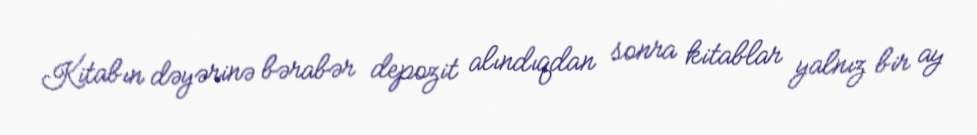
Kitabın dəyərinə bərabər depozit alındıqdan sonra kitablar yalnız bir ay